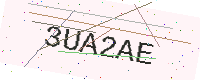
Text: 3UA2AE